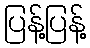
ပြန့်ပြန့်